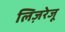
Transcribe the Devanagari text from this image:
लिज़रेजू